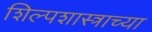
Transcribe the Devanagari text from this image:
शिल्पशास्त्राच्या